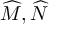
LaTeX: { \widehat { M } } , { \widehat { N } }